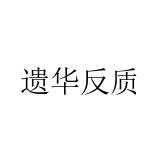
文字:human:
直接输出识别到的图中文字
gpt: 遗华反质